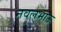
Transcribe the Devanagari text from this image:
नवलभाऊ